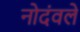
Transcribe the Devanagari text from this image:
नोदंवले